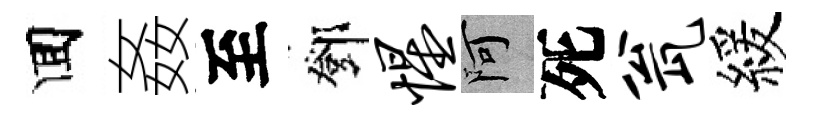
囬姦至鄧惺阿死瓮緩